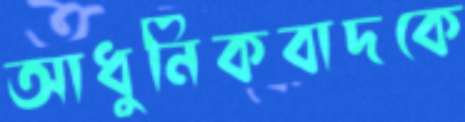
আধুনিকবাদকে